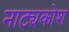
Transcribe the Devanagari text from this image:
नाट्यकोश